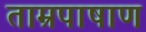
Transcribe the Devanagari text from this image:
ताम्रपाषाण